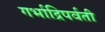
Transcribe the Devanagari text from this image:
गर्भाद्रिपर्वती